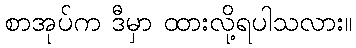
စာအုပ်က ဒီမှာ ထားလို့ရပါသလား။